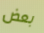
بعض